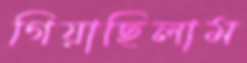
গিয়াছিলাম